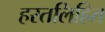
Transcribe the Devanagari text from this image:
हस्तलिहित